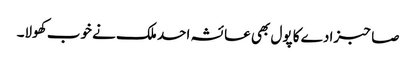
صاحبزادے کا پول بھی عائشہ احد ملک نے خوب کھولا۔